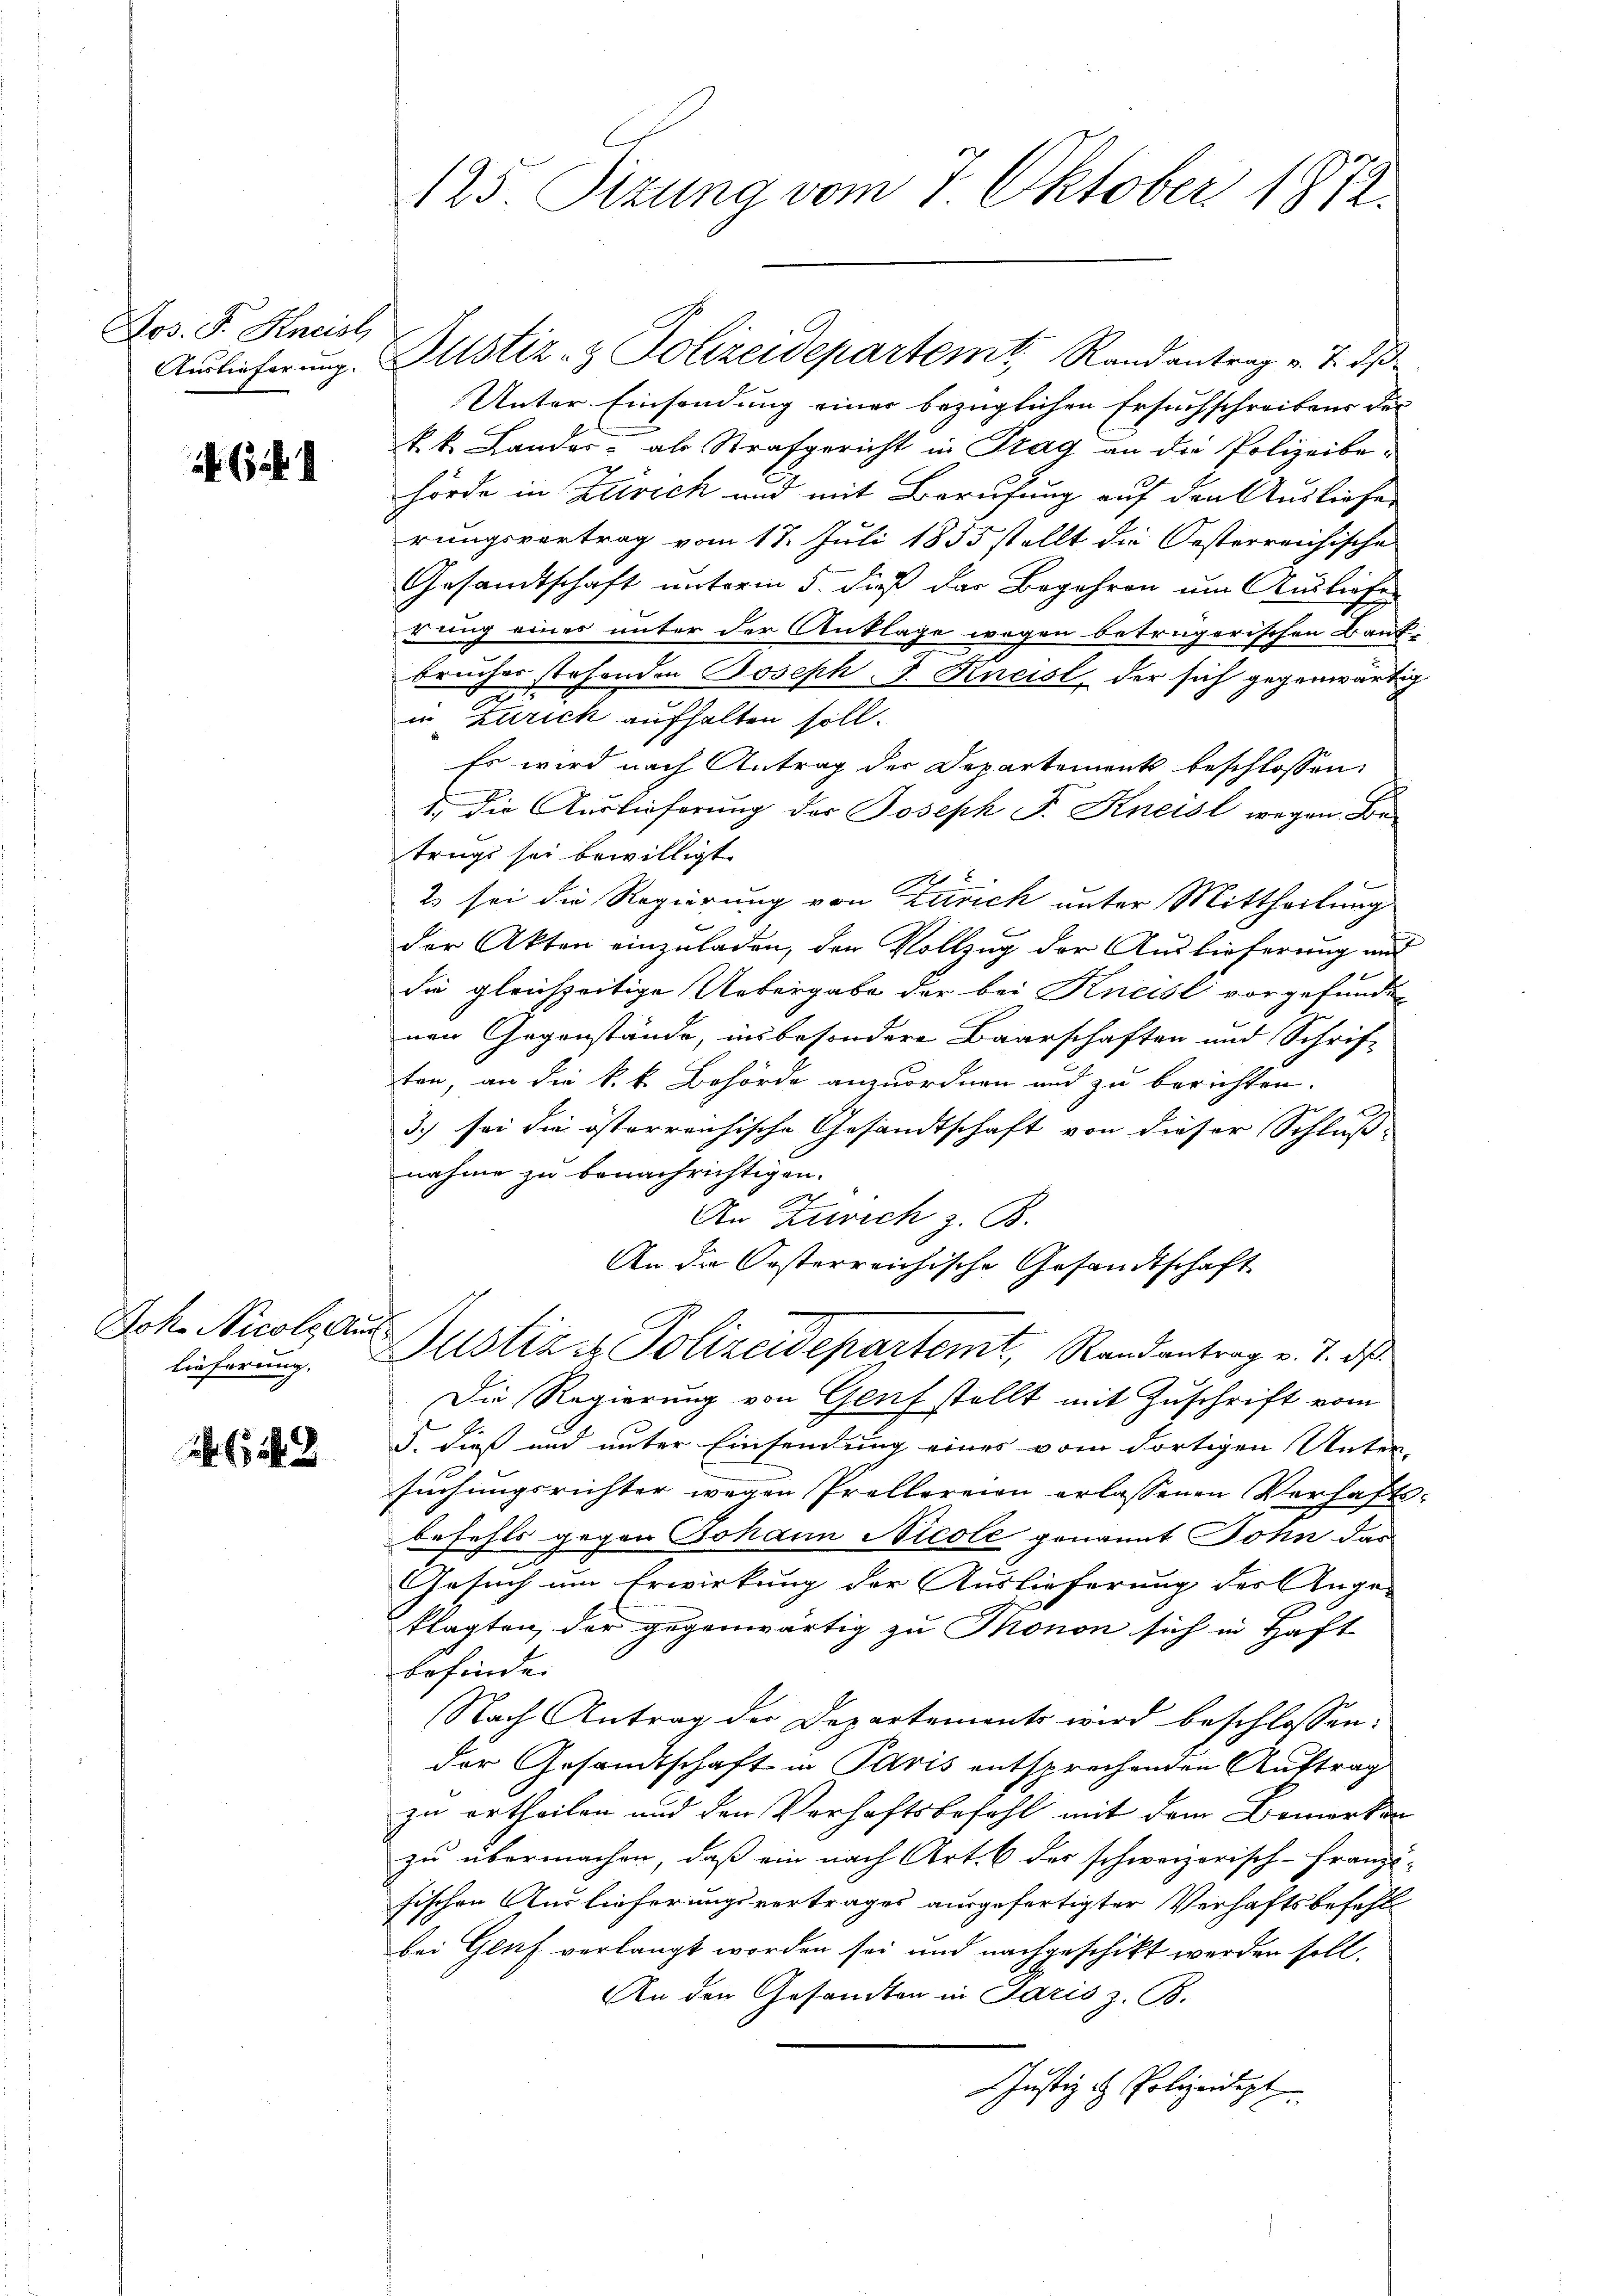
Jos. F. Kneisl

6 f 1

Joh. Nicolaus

5 f 2

125. Sizung vom 7. Oktober 1812.

Unter Einsendung einer bezüglichen Ersuchschreibens der
k.k. Lander als Strafgericht in Prag an die Polizeibehörde in Zürich und mit Berufung auf den Ausliefer
rungsvertrag vom 17. Juli 1855 stellt die Oesterreichische
Gesandtschaft unterm 5. dieß der Begehren um Ausliefer
rung eines unter der Anklage wegen betrügerischen Bauf-
brücher stehenden Joseph F. Kneist, der sich gegenwärtig
in Zürich aufhalten soll.
Es wird nach Antrag der Departements beschlossen:
1. Die Auslieferung der Joseph F. Kneisl wegen Betrugs sei bewilligt
2 sei die Regierung von Zürich unter Mittheilung
der Akten einzuladen, den Vollzug der Auslieferung mit
die gleichzeitige Uebergabe der bei Kneist vorgefunden
nen Gegenstände, ins besondere Baarschaften und Schrift
ten, an die k. k. Behörde anzuordnen und zu berichten.
3.) sei die österreichische Gesandtschaft von dieser Schluß-
nahme zu benachrichtigen.
2
An Zeich z. B.
An die Kosterreichische Gesandtschaft
lieferung. Justiz & Polizeidepartemt, Randantrag v. 2. ds.
Die Regierung von Genf stellt mit Zuschrift vom
5. Dieß und unter Einsendung eines vom dortigen Unter-
suchungsrichter wegen Prollereien erlassenen Verhafts
befehls gegen Johann Nicole genannt Sohn das
Gesuch um Erwirkung der Auslieferung der Ange-
klagten, der gegenwärtig zu Thonon sich in Haft
befinden
Nach Antrag der Departements wird beschlossen:
der Gesandtschaft in Paris entsprechenden Auftrag
zu ertheilen und den Verhaftsbefehl mit dem Bemerken
zu übermachen, daß ein nach Art. 6 des schweizerisch-Franz-
fischen Auslieferungsvertrages ausgefertigter Verhaftsbefehl
bei Genf verlangt worden sei und nachgeschikt werden soll.
An den Gesandten in Paris z. B.
Justiz & Polizeidigt

Auslieferung. Justiz- & Polizeidepartemt, Randantrag v. J. dß